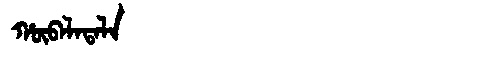
Manchu: ᡥᡡᠪᠠᠯᠠᡨᠠᠯᠠ
Romanization: HŪBALATALA